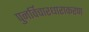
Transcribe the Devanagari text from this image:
पुनर्विचारधाराकरण